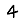
Digit: 4